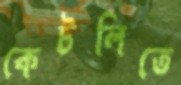
কেটলিতে